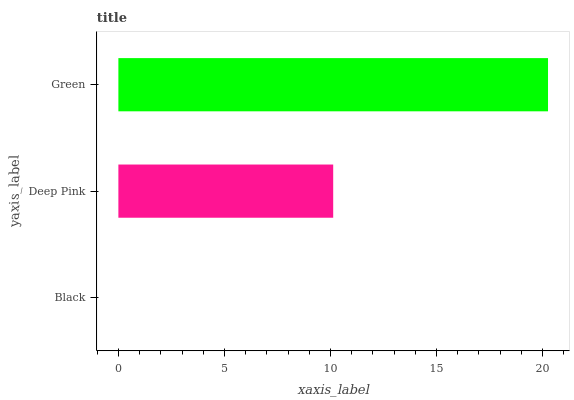
| yaxis_label | bars |
 | --- | --- |
 | Black | 0 |
 | Deep Pink | 10.1 |
 | Green | 20.3 |